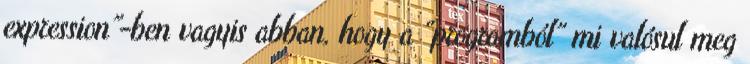
expression”-ben vagyis abban, hogy a “programból” mi valósul meg